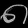
Digit: ၈